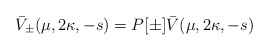
\begin{align*}\bar{V}_\pm (\mu,2\kappa,-s)=P[\pm]\bar{V}(\mu,2\kappa,-s)\end{align*}